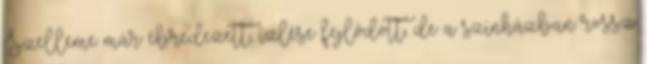
Szelleme már ébredezett, ízlése fejlődött, de a színházban rossz